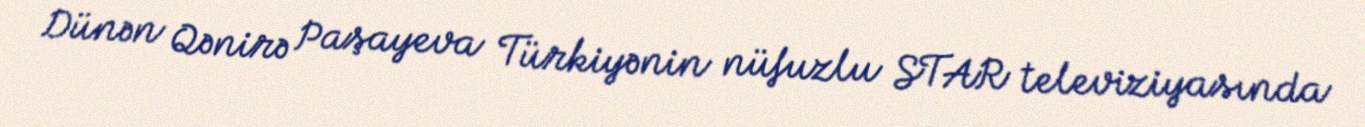
Dünən Qənirə Paşayeva Türkiyənin nüfuzlu STAR televiziyasında